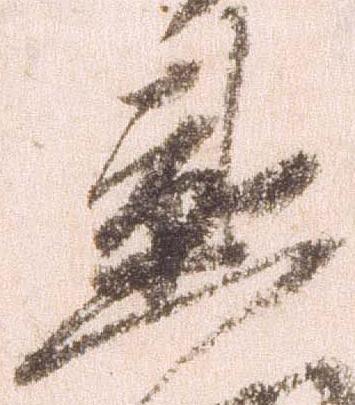
勲